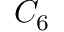
C _ { 6 }